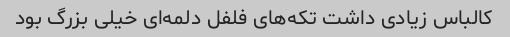
کالباس زیادی داشت تکه‌های فلفل دلمه‌ای خیلی بزرگ بود